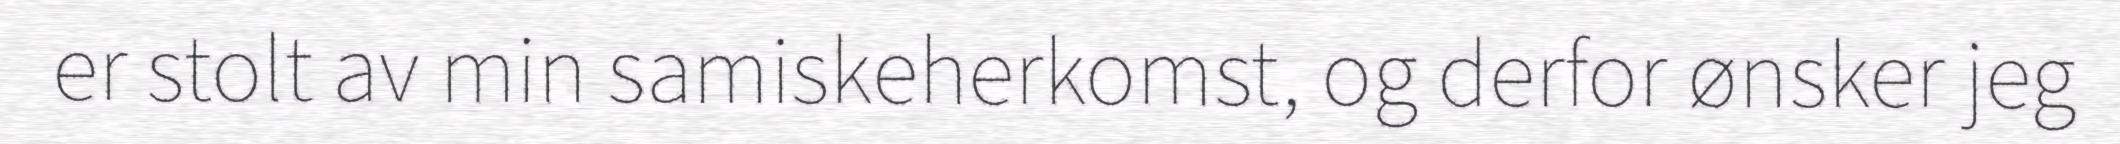
er stolt av min samiskeherkomst, og derfor ønsker jeg